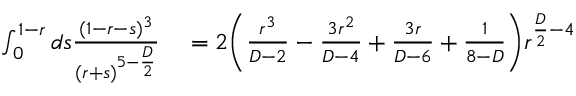
\begin{array} { r l } { \int _ { 0 } ^ { 1 - r } d s \frac { ( 1 - r - s ) ^ { 3 } } { ( r + s ) ^ { 5 - \frac { D } { 2 } } } } & { { } = 2 \bigg ( \frac { r ^ { 3 } } { D - 2 } - \frac { 3 r ^ { 2 } } { D - 4 } + \frac { 3 r } { D - 6 } + \frac { 1 } { 8 - D } \bigg ) r ^ { \frac { D } { 2 } - 4 } } \end{array}